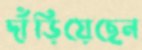
দাঁড়িয়েছেন